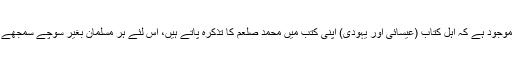
یہ بات چونکہ قرآن میں بھی موجود ہے کہ اہل کتاب (عیسائی اور یہودی) اپنی کتب میں محمد صلعم کا تذکرہ پاتے ہیں، اس لئے ہر مسلمان بغیر سوچے سمجھے اس بات کو دلیل سمجھتا ہے۔